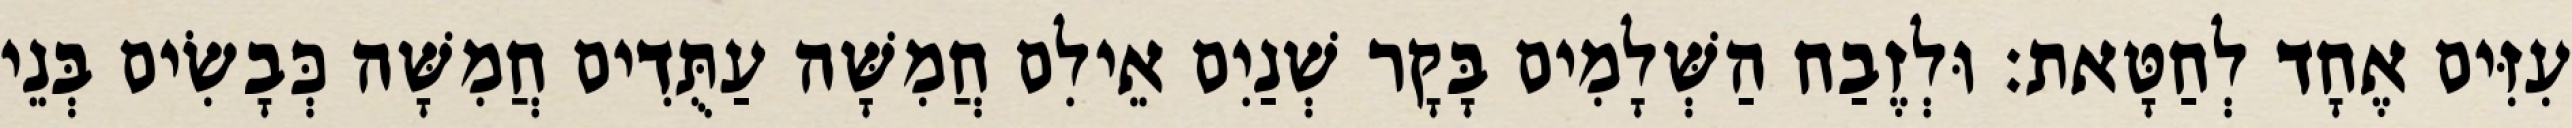
עִזִּים אֶחָד לְחַטָּאת׃ וּלְזֶבַח הַשְּׁלָמִים בָּקָר שְׁנַיִם אֵילִם חֲמִשָּׁה עַתֻּדִים חֲמִשָּׁה כְּבָשִׂים בְּנֵי